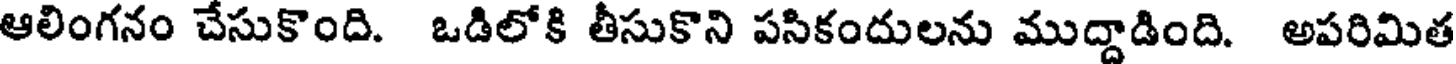
ఆలింగనం చేసుకొంది. ఒడిలోకి తీసుకొని పసికందులను ముద్దాడింది. అపరిమిత